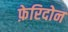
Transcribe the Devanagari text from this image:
फ़ेरिदोन